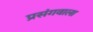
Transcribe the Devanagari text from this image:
प्रसंगवाला